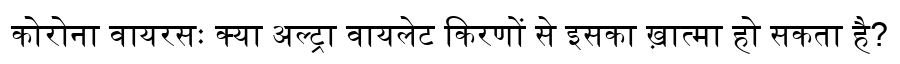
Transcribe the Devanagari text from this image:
कोरोना वायरसः क्या अल्ट्रा वायलेट किरणों से इसका ख़ात्मा हो सकता है?